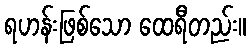
ရဟန်းဖြစ်သော ထေရီတည်း။